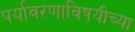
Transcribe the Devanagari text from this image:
पर्यावरणाविषयीच्या